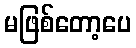
မဖြစ်တော့ပေ